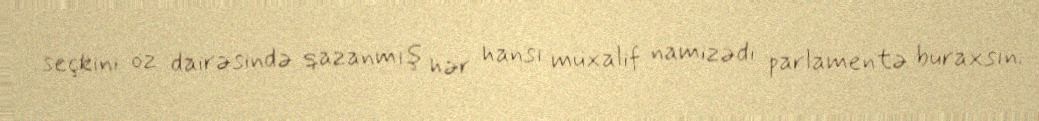
seçkini öz dairəsində qazanmış hər hansı müxalif namizədi parlamentə buraxsın.